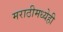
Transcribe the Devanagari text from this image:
मराठीमध्येही